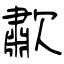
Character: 歗